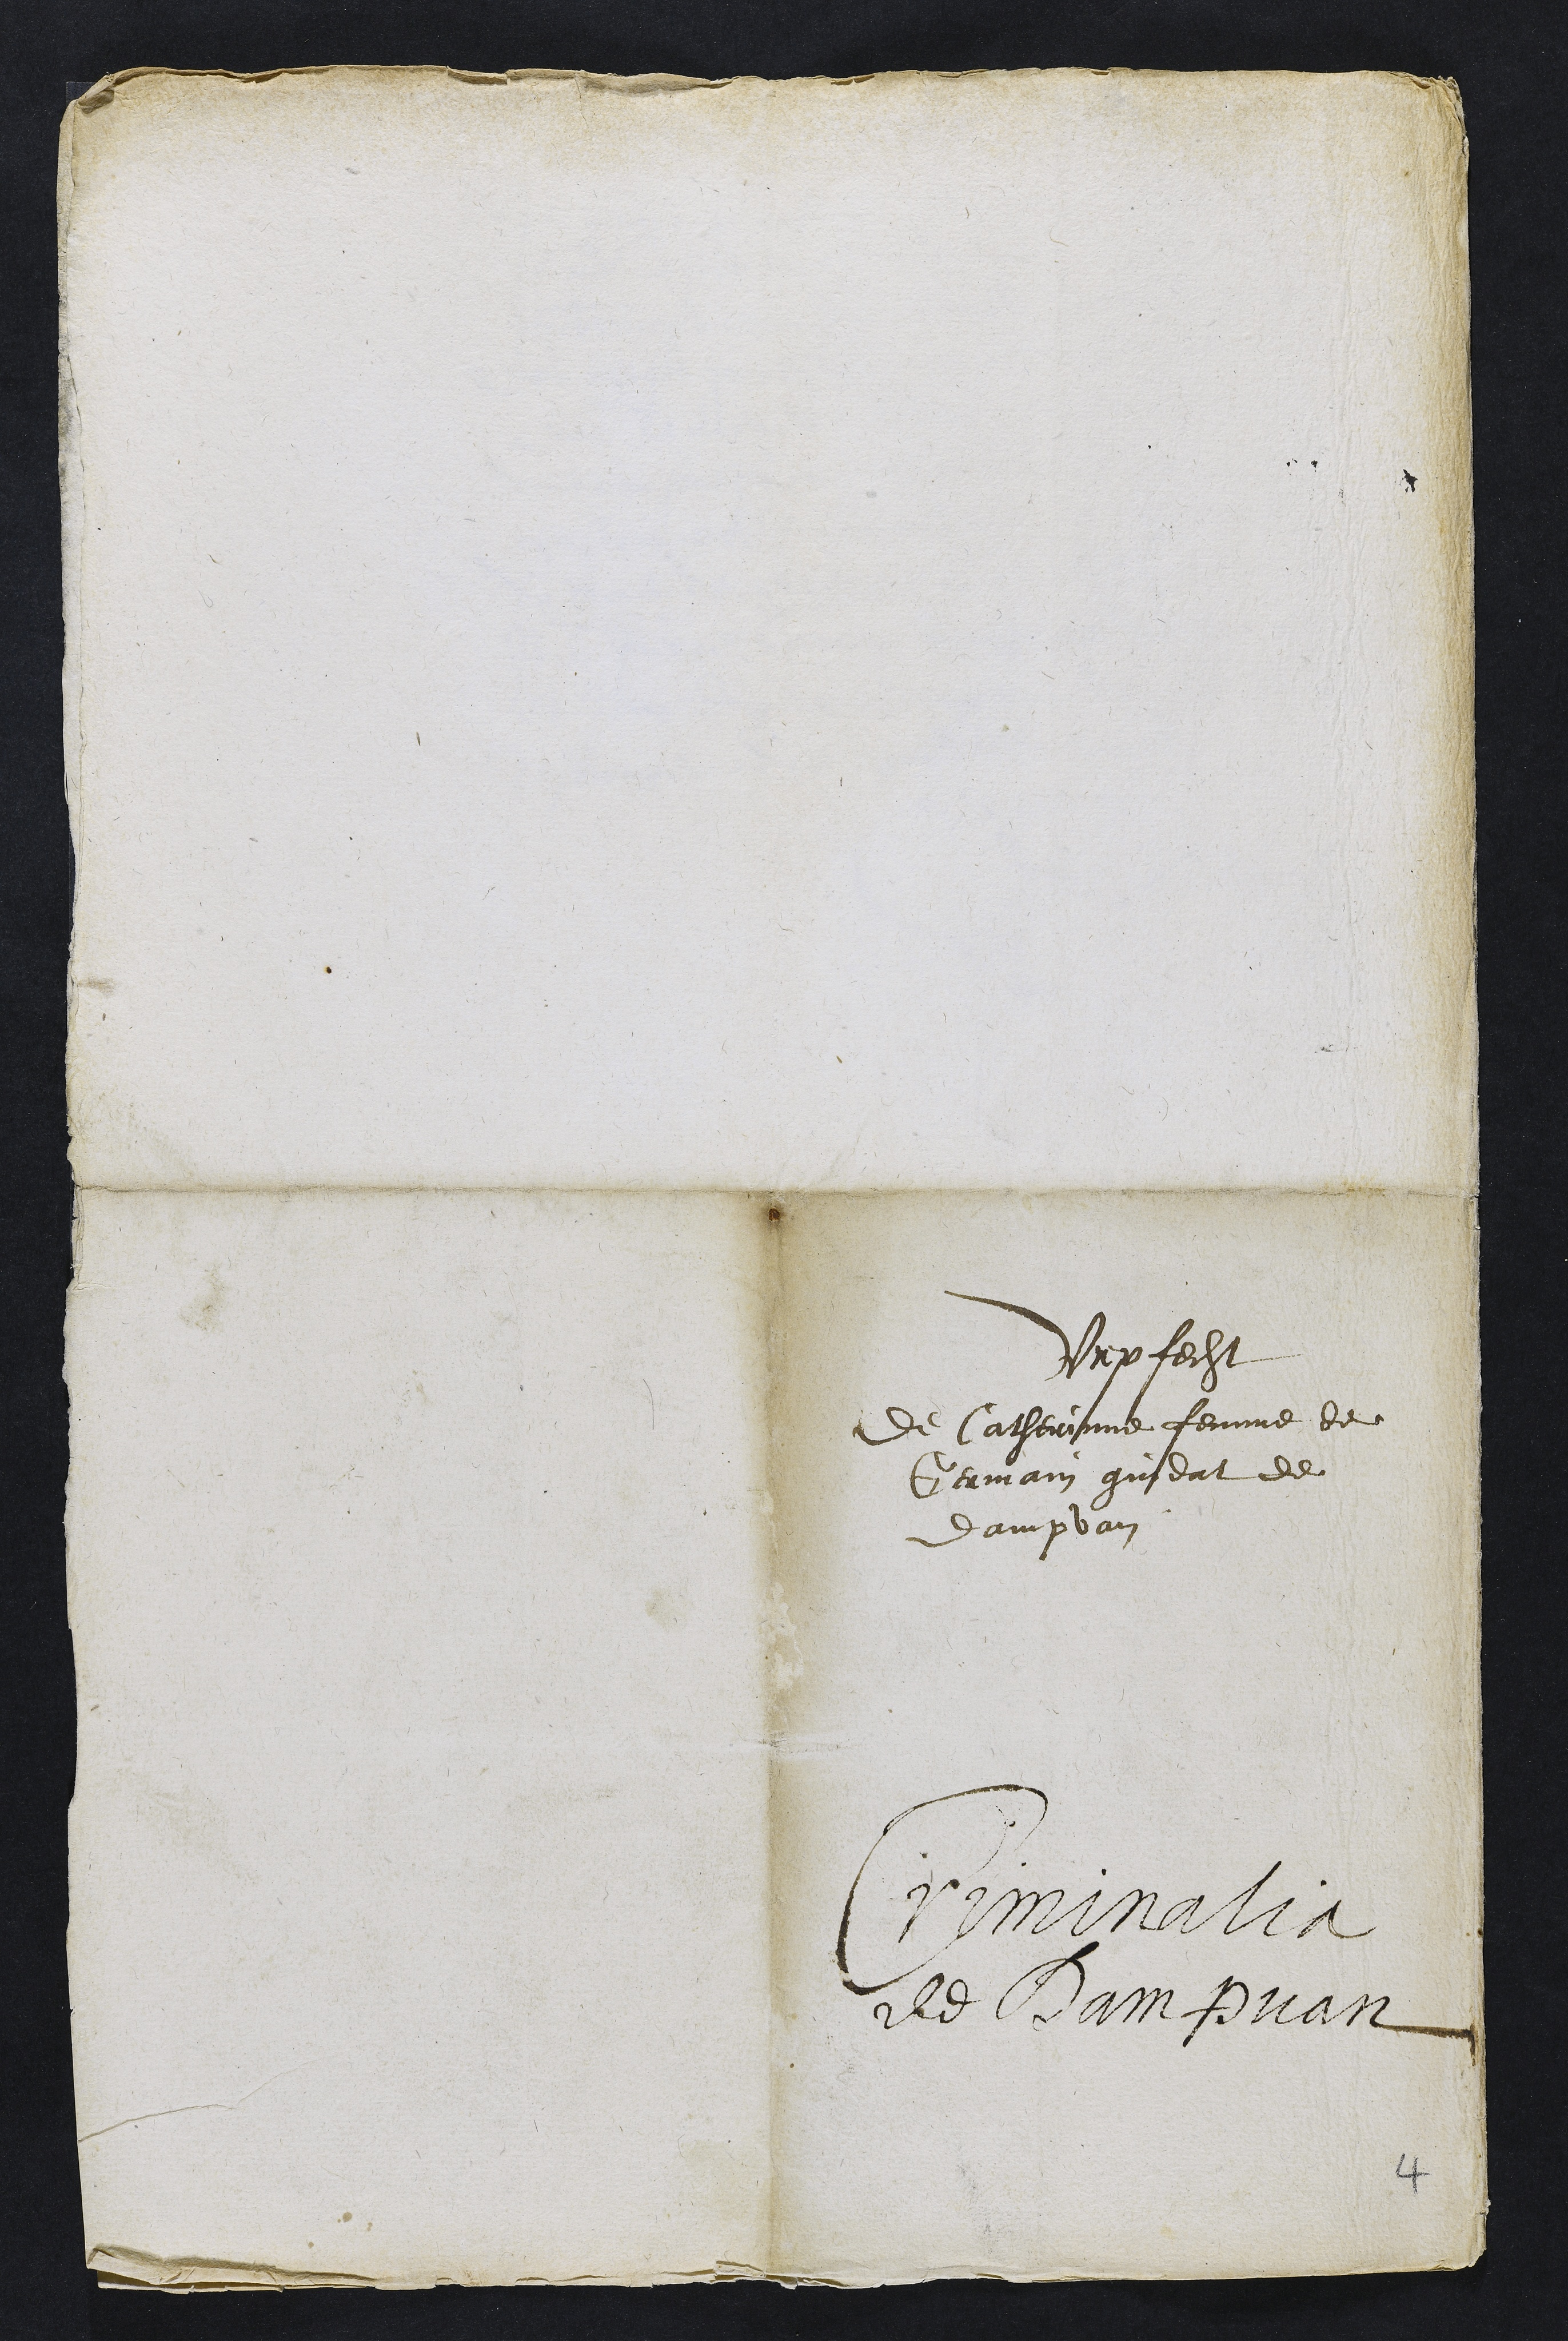
Vrpfecht
de Catherinne femme de
Germain gindat de
Dampvan
Criminalia
de Dampvan

4